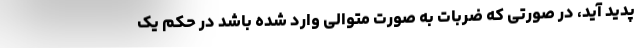
پدید آید، در صورتی که ضربات به صورت متوالی وارد شده باشد در حکم یک